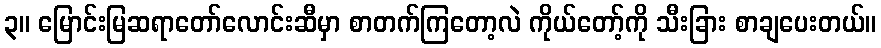
၃။ မြောင်းမြဆရာတော်လောင်းဆီမှာ စာတက်ကြတော့လဲ ကိုယ်တော့်ကို သီးခြား စာချပေးတယ်။